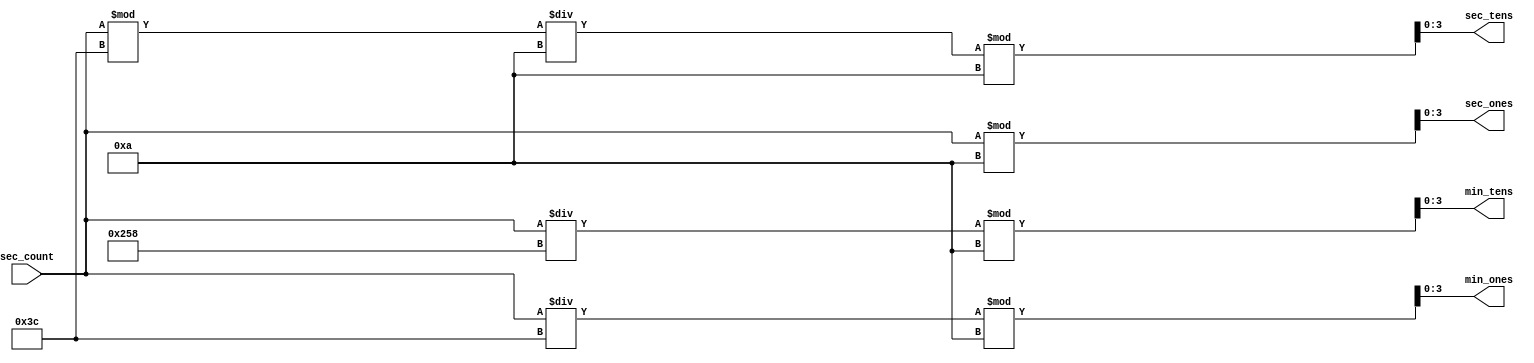
`timescale 1ns / 1ps
//////////////////////////////////////////////////////////////////////////////////
// Company: 
// Engineer: 
// 
// Design Name: 
// Module Name:    time_display 
// Project Name: 
// Target Devices: 
// Tool versions: 
// Description: 
//
// Dependencies: 
//
// Revision: 
// Revision 0.01 - File Created
// Additional Comments: 
//
//////////////////////////////////////////////////////////////////////////////////
module time_display(
    input [11:0] sec_count,
    output [3:0] min_tens,
    output [3:0] min_ones,
    output [3:0] sec_tens,
    output [3:0] sec_ones
    );

	assign min_tens = (sec_count / 600) % 10;

	assign min_ones = (sec_count / 60) % 10;

	assign sec_tens = ((sec_count % 60) / 10) % 10;
	
	assign sec_ones = sec_count % 10;

endmodule